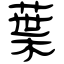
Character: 葉